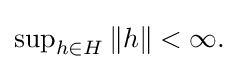
{\textstyle \sup _{h\in H}\|h\|<\infty .}